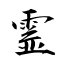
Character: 霊